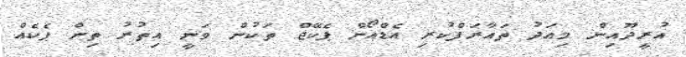
އުރީދޫއިން މިއަދު ތައާރަފްކުރި އެޑްއޯން ޕެކޭޖް ތަކުން ވަނީ އިތުރު ތިން ޕެކެއް